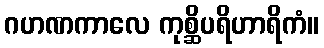
ဂဟဏကာလေ ကုစ္ဆိပရိဟာရိကံ။